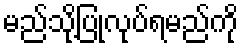
မည်သို့ပြုလုပ်ရမည်ကို